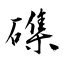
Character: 磼